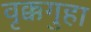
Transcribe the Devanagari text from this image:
वृक्कगुहा